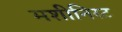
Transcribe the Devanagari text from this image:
मशीनिस्ट